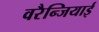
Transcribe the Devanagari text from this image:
वरैन्जियाई